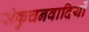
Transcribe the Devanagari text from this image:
संकुचनवादियों